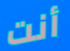
أنت